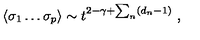
\langle \sigma _ { 1 } \dots \sigma _ { p } \rangle \sim t ^ { 2 - \gamma + \sum _ { n } ( d _ { n } - 1 ) } \ ,